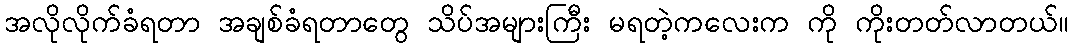
အလိုလိုက်ခံရတာ အချစ်ခံရတာတွေ သိပ်အများကြီး မရတဲ့ကလေးက ကို ကိုးတတ်လာတယ်။